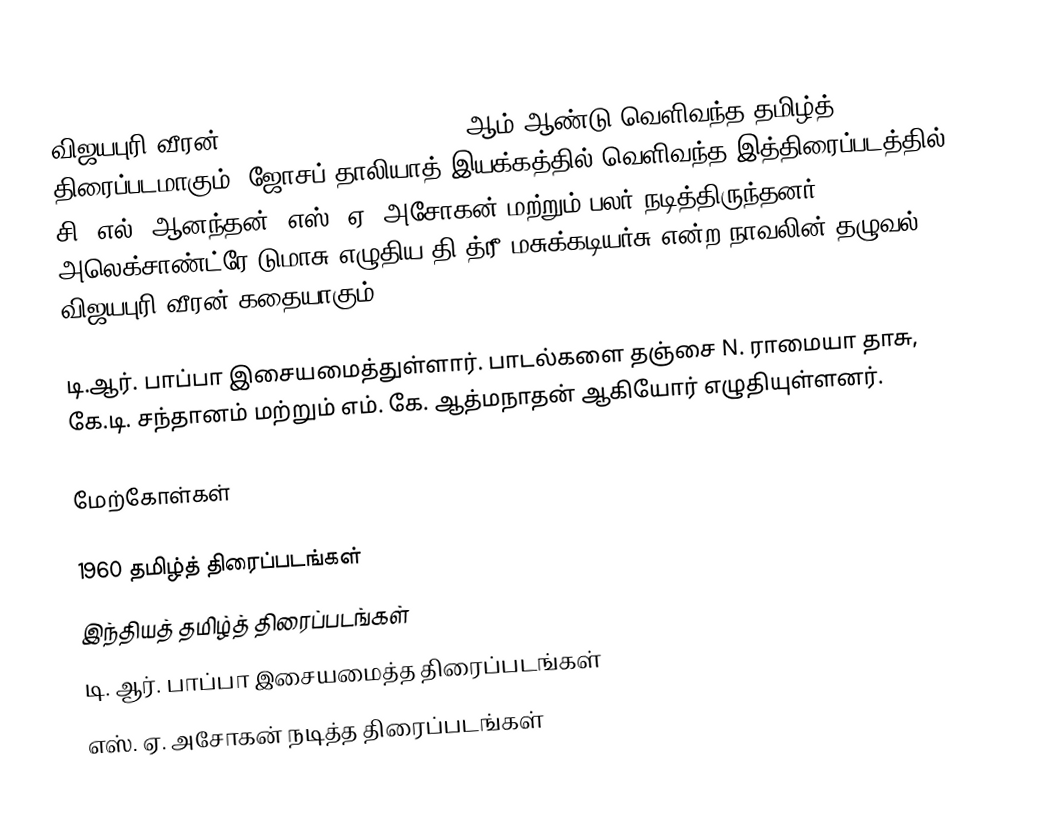
விஜயபுரி வீரன் (Vijayapuri Veeran) 1960 ஆம் ஆண்டு வெளிவந்த தமிழ்த் திரைப்படமாகும். ஜோசப் தாலியாத் இயக்கத்தில் வெளிவந்த இத்திரைப்படத்தில் சி. எல். ஆனந்தன், எஸ். ஏ. அசோகன் மற்றும் பலர் நடித்திருந்தனர். அலெக்சாண்ட்ரே டுமாசு எழுதிய தி த்ரீ மசுக்கடியர்சு என்ற நாவலின் தழுவல் விஜயபுரி வீரன் கதையாகும்.

டி.ஆர். பாப்பா இசையமைத்துள்ளார். பாடல்களை தஞ்சை N. ராமையா தாசு, கே.டி. சந்தானம் மற்றும் எம். கே. ஆத்மநாதன் ஆகியோர் எழுதியுள்ளனர்.

மேற்கோள்கள்

1960 தமிழ்த் திரைப்படங்கள்
இந்தியத் தமிழ்த் திரைப்படங்கள்
டி. ஆர். பாப்பா இசையமைத்த திரைப்படங்கள்
எஸ். ஏ. அசோகன் நடித்த திரைப்படங்கள்